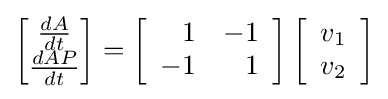
{\begin{bmatrix}{\frac {dA}{dt}}\\{\frac {dAP}{dt}}\end{bmatrix}}=\left[{\begin{array}{rr}1&-1\\-1&1\end{array}}\right]\left[{\begin{array}{r}v_{1}\\v_{2}\end{array}}\right]